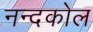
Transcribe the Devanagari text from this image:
नन्दकोल